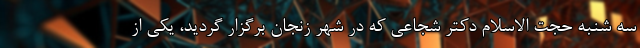
سه شنبه حجت الاسلام دکتر شجاعی که در شهر زنجان برگزار گردید، یکی از